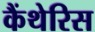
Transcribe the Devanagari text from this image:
कैंथेरिस